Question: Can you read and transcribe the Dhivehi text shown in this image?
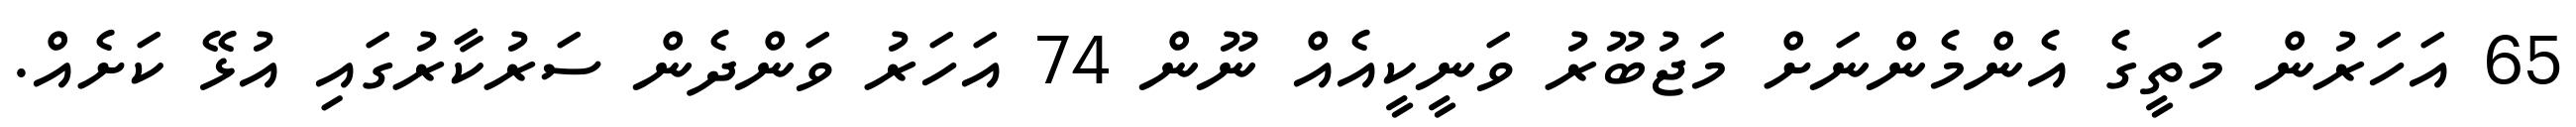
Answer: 65 އަހަރުން މަތީގެ އެންމެންނަށް މަޖުބޫރު ވަނީކީއެއް ނޫން 74 އަހަރު ވަންދެން ސަރުކާރުގައި އުޅޭ ކަށެއް.